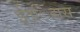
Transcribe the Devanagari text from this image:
ईत्िहास